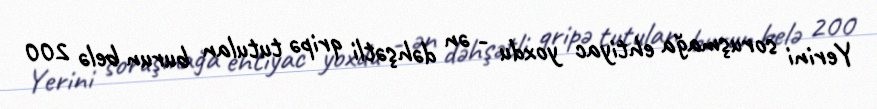
Yerini soruşmağa ehtiyac yoxdu - ən dəhşətli qripə tutulan burun belə 200